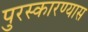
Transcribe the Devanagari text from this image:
पुरस्कारण्यास